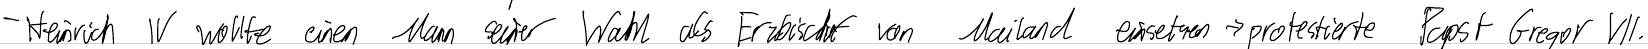
- Heinrich IV wollte einen Mann seiner Wahl als Erzbischof von Mailand einsetzen -> protestierte Papst Gregor VII.